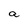
Character: a